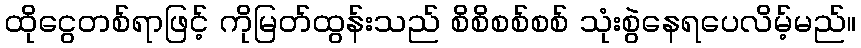
ထိုငွေတစ်ရာဖြင့် ကိုမြတ်ထွန်းသည် စိစိစစ်စစ် သုံးစွဲနေရပေလိမ့်မည်။